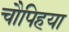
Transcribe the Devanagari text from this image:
चौपिहया